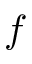
f